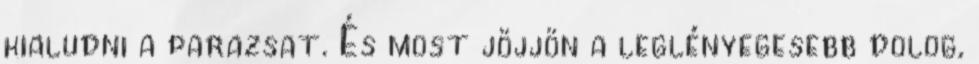
kialudni a parazsat. És most jöjjön a leglényegesebb dolog,